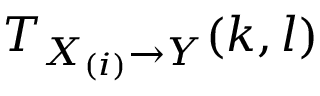
T _ { X _ { ( i ) } \rightarrow Y } ( k , l )